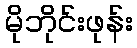
မိုဘိုင်းဖုန်း